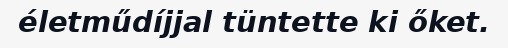
életműdíjjal tüntette ki őket.